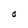
Character: O